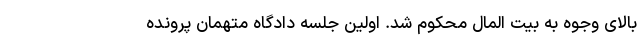
بالای وجوه به بیت المال محکوم شد. اولین جلسه دادگاه متهمان پرونده